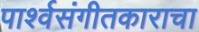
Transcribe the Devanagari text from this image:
पार्श्वसंगीतकाराचा